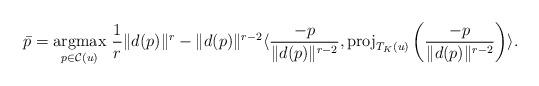
LaTeX: \begin{align*}\bar p=\underset{p \in \mathcal{C}(u)}{\mbox{argmax}} \ \frac{1}{r} \Vert d(p) \Vert^r -\Vert d(p) \Vert^{r-2} \langle \frac{-p}{\Vert d(p) \Vert^{r-2}}, \mbox{proj}_{T_K(u)} \left( \frac{-p}{\Vert d(p) \Vert^{r-2}} \right) \rangle.\end{align*}